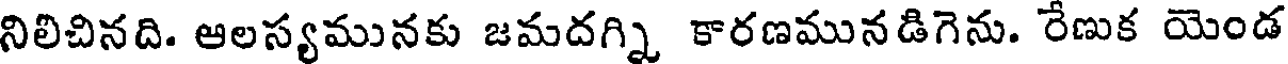
నిలిచినది. ఆలస్యమునకు జమదగ్ని కారణమునడిగెను. రేణుక యెండ